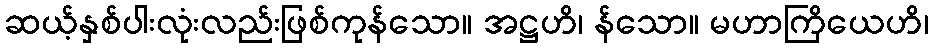
ဆယ့်နှစ်ပါးလုံးလည်းဖြစ်ကုန်သော။ အဋ္ဌဟိ၊ န်သော။ မဟာကြိယေဟိ၊